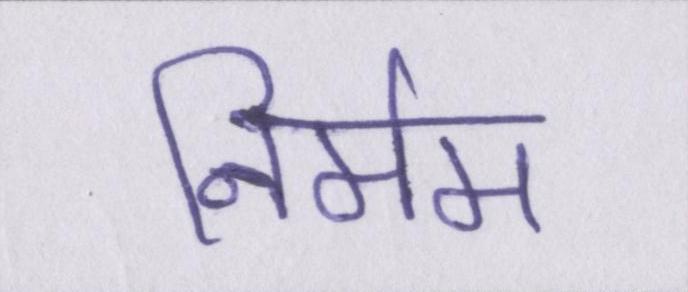
निर्मम